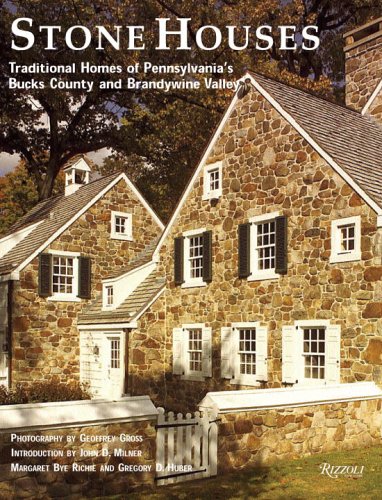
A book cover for Stone Houses: Traditional Homes of Pennsylvania's Bucks County and Brandywine Valley; Margaret Bye Richie; Arts & Photography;